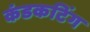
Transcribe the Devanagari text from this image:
कंडकटिंग